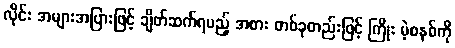
လိုင်း အများအပြားဖြင့် ချိတ်ဆက်ရမည့် အစား တစ်ခုတည်းဖြင့် ကြိုး မဲ့စနစ်ကို